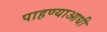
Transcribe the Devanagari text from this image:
पाहण्याआधी